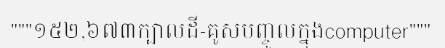
"""១៥២,៦៧៣ក្បាលដី-គូសបញ្ចូលក្នុងcomputer"""